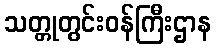
သတ္တုတွင်းဝန်ကြီးဌာန